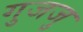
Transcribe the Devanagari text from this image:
गुजजु